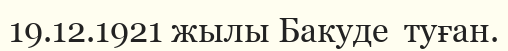
19.12.1921 жылы Бакуде  туған.